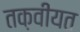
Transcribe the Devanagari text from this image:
तक़वीयत